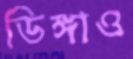
ডিঙ্গাও